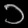
Digit: ၁